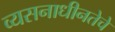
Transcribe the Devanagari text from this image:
व्यसनाधीनतेचे